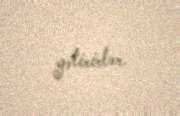
gətirirlər.